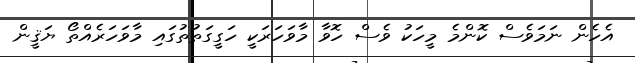
އެހެން ނަމަވެސް ކޮންމެ މީހަކު ވެސް ހޮވާ މާވަހަރަކީ ހަގީގަތުތުގައި މާވަހަރެއްތޯ ޔަޤީން